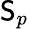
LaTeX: \mathsf{S}_{p}